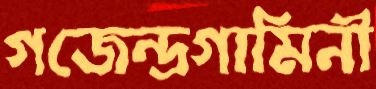
গজেন্দ্রগামিনী